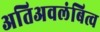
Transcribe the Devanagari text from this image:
अतिअवलंबित्व